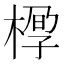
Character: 𰘆